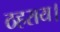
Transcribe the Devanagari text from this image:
ठहराय।